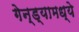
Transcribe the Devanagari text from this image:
गेन्ड्यामध्ये